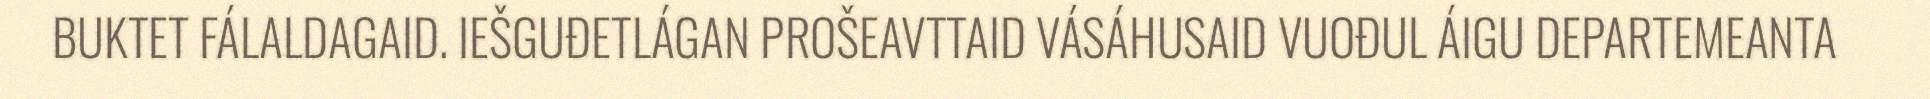
BUKTET FÁLALDAGAID. IEŠGUĐETLÁGAN PROŠEAVTTAID VÁSÁHUSAID VUOĐUL ÁIGU DEPARTEMEANTA